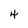
Character: 4